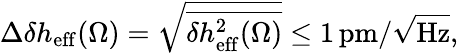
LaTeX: \Delta\delta h_{\mathrm{eff}}(\Omega)=\sqrt{\overline{{\delta h_{\mathrm{eff}}^{2}(\Omega)}}}\leq 1\, \mathrm{pm}/\sqrt{\mathrm{Hz}},